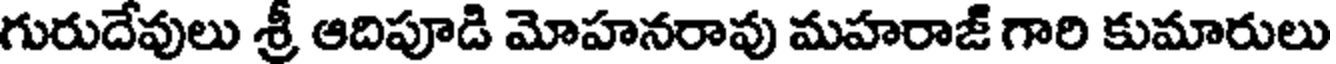
గురుదేవులు శ్రీ ఆదిపూడి మోహనరావు మహరాజ్ గారి కుమారులు